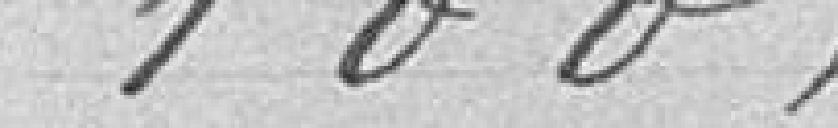
100